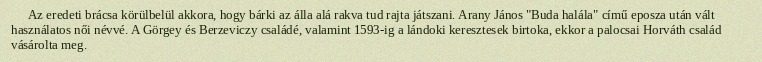
Az eredeti brácsa körülbelül akkora, hogy bárki az álla alá rakva tud rajta játszani. Arany János "Buda halála" című eposza után vált használatos női névvé. A Görgey és Berzeviczy családé, valamint 1593-ig a lándoki keresztesek birtoka, ekkor a palocsai Horváth család vásárolta meg.